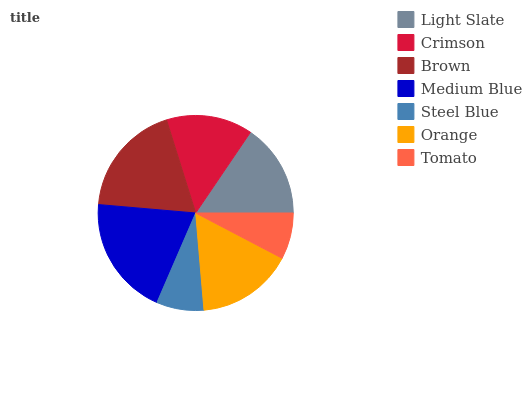
| Light Slate | Crimson | Brown | Medium Blue | Steel Blue | Orange | Tomato |
 | --- | --- | --- | --- | --- | --- | --- |
 | 15.5% | 14.3% | 18.8% | 19.9% | 7.85% | 15.9% | 7.68% |